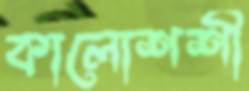
কালোশশী